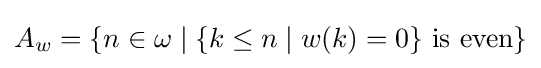
A_{w}=\{n\in \omega \mid \{k\leq n\mid w(k)=0\}{\text{ is even}}\}